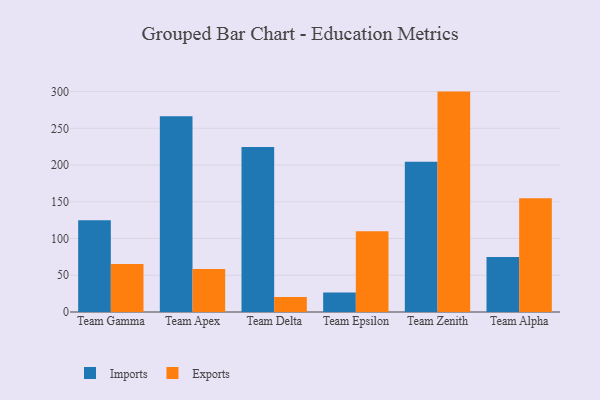
{"axis": {"x": "Team", "y": "Operating Costs (USD K)"}, "legend": ["Exports", "Imports"], "data": [{"x": "Team Gamma", "y": 124.8, "type": "Imports"}, {"x": "Team Gamma", "y": 65.4, "type": "Exports"}, {"x": "Team Apex", "y": 266.4, "type": "Imports"}, {"x": "Team Apex", "y": 58.7, "type": "Exports"}, {"x": "Team Delta", "y": 224.6, "type": "Imports"}, {"x": "Team Delta", "y": 20.4, "type": "Exports"}, {"x": "Team Epsilon", "y": 26.5, "type": "Imports"}, {"x": "Team Epsilon", "y": 110.0, "type": "Exports"}, {"x": "Team Zenith", "y": 204.6, "type": "Imports"}, {"x": "Team Zenith", "y": 300.0, "type": "Exports"}, {"x": "Team Alpha", "y": 74.8, "type": "Imports"}, {"x": "Team Alpha", "y": 154.7, "type": "Exports"}]}